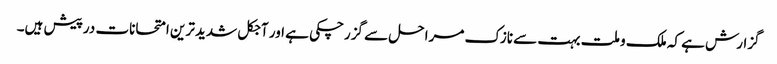
گزارش ہے کہ ملک و ملت بہت سے نازک مراحل سے گزرچکی ہے اور آجکل شدید ترین امتحانات درپیش ہیں۔